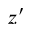
z ^ { \prime }